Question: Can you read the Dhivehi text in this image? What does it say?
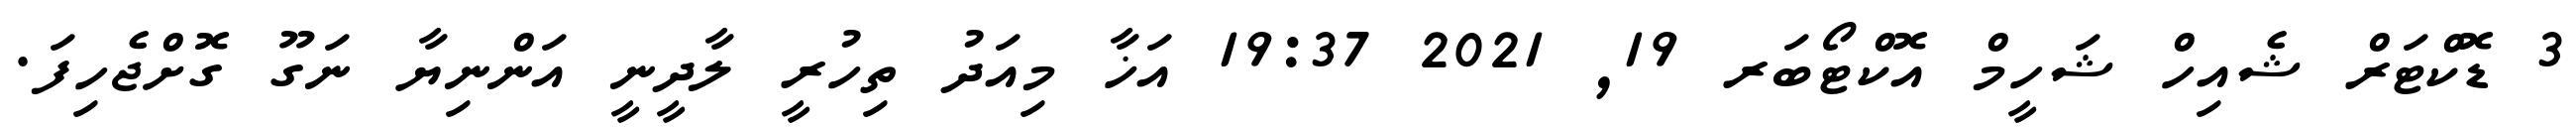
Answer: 3 ޑޮކްޓަރް ޝެއިހް ޝަހީމް އޮކްޓޯބަރ 19, 2021 19:37 އަޚާ މިއަދު ތިހުރީ ލާދީނީ އަންނިޔާ ނަގޫ ގޮށްޖެހިފަ.